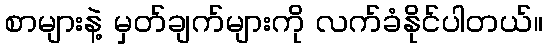
စာများနဲ့ မှတ်ချက်များကို လက်ခံနိုင်ပါတယ်။